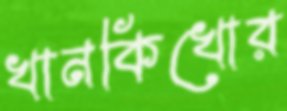
খানকিখোর